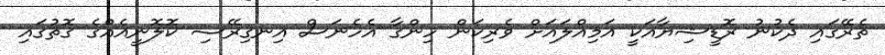
ތެރޭގައި ދެކުނު ރޮޑީޝިޔާއަކީ އަމިއްލައަށް ވެރިކަން ހިންގާ އެހެނަސް އިނގިރޭސި ކޮލޮނީއެއްގެ ގޮތުގައި